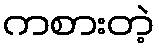
ကစားတဲ့